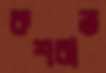
রুশরাত